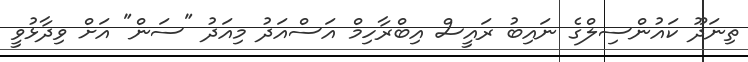
ތިނަދޫ ކައުންސިލްގެ ނައިބު ރައީސް އިބްރާހިމް އަސްއަދު މިއަދު "ސަން" އަށް ވިދާޅުވީ